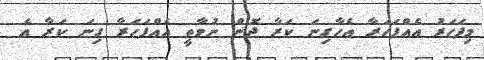
މިފަހަރު އެއްފަހަރާ އެހާގިނަ ކަރާ ދޮން ނުވާތީ އެއްފަހަރާ ގިނަ ކަރާ އެ